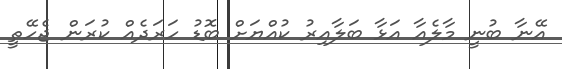
އޭނާ ބުނީ މާލެއާ އަޅާ ބަލާއިރު ކުއްޔަށް ބޮޑު ހަރަދެއް ކުރަން ޖެހޭތީ